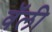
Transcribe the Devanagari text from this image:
वॅली